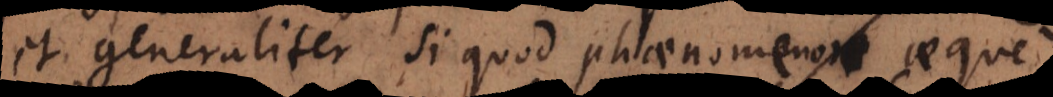
et generaliter si quod phaenomenon aeque